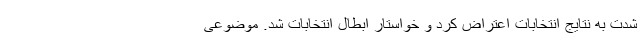
شدت به نتایج انتخابات اعتراض کرد و خواستار ابطال انتخابات شد. موضوعی